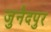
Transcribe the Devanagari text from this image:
जुनैदपुर